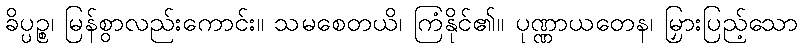
ခိပ္ပဉ္စ၊ မြန်စွာလည်းကောင်း။ သမစေတယိ၊ ကြံနိုင်၏။ ပုဏ္ဏာယတေန၊ မြှားပြည့်သော